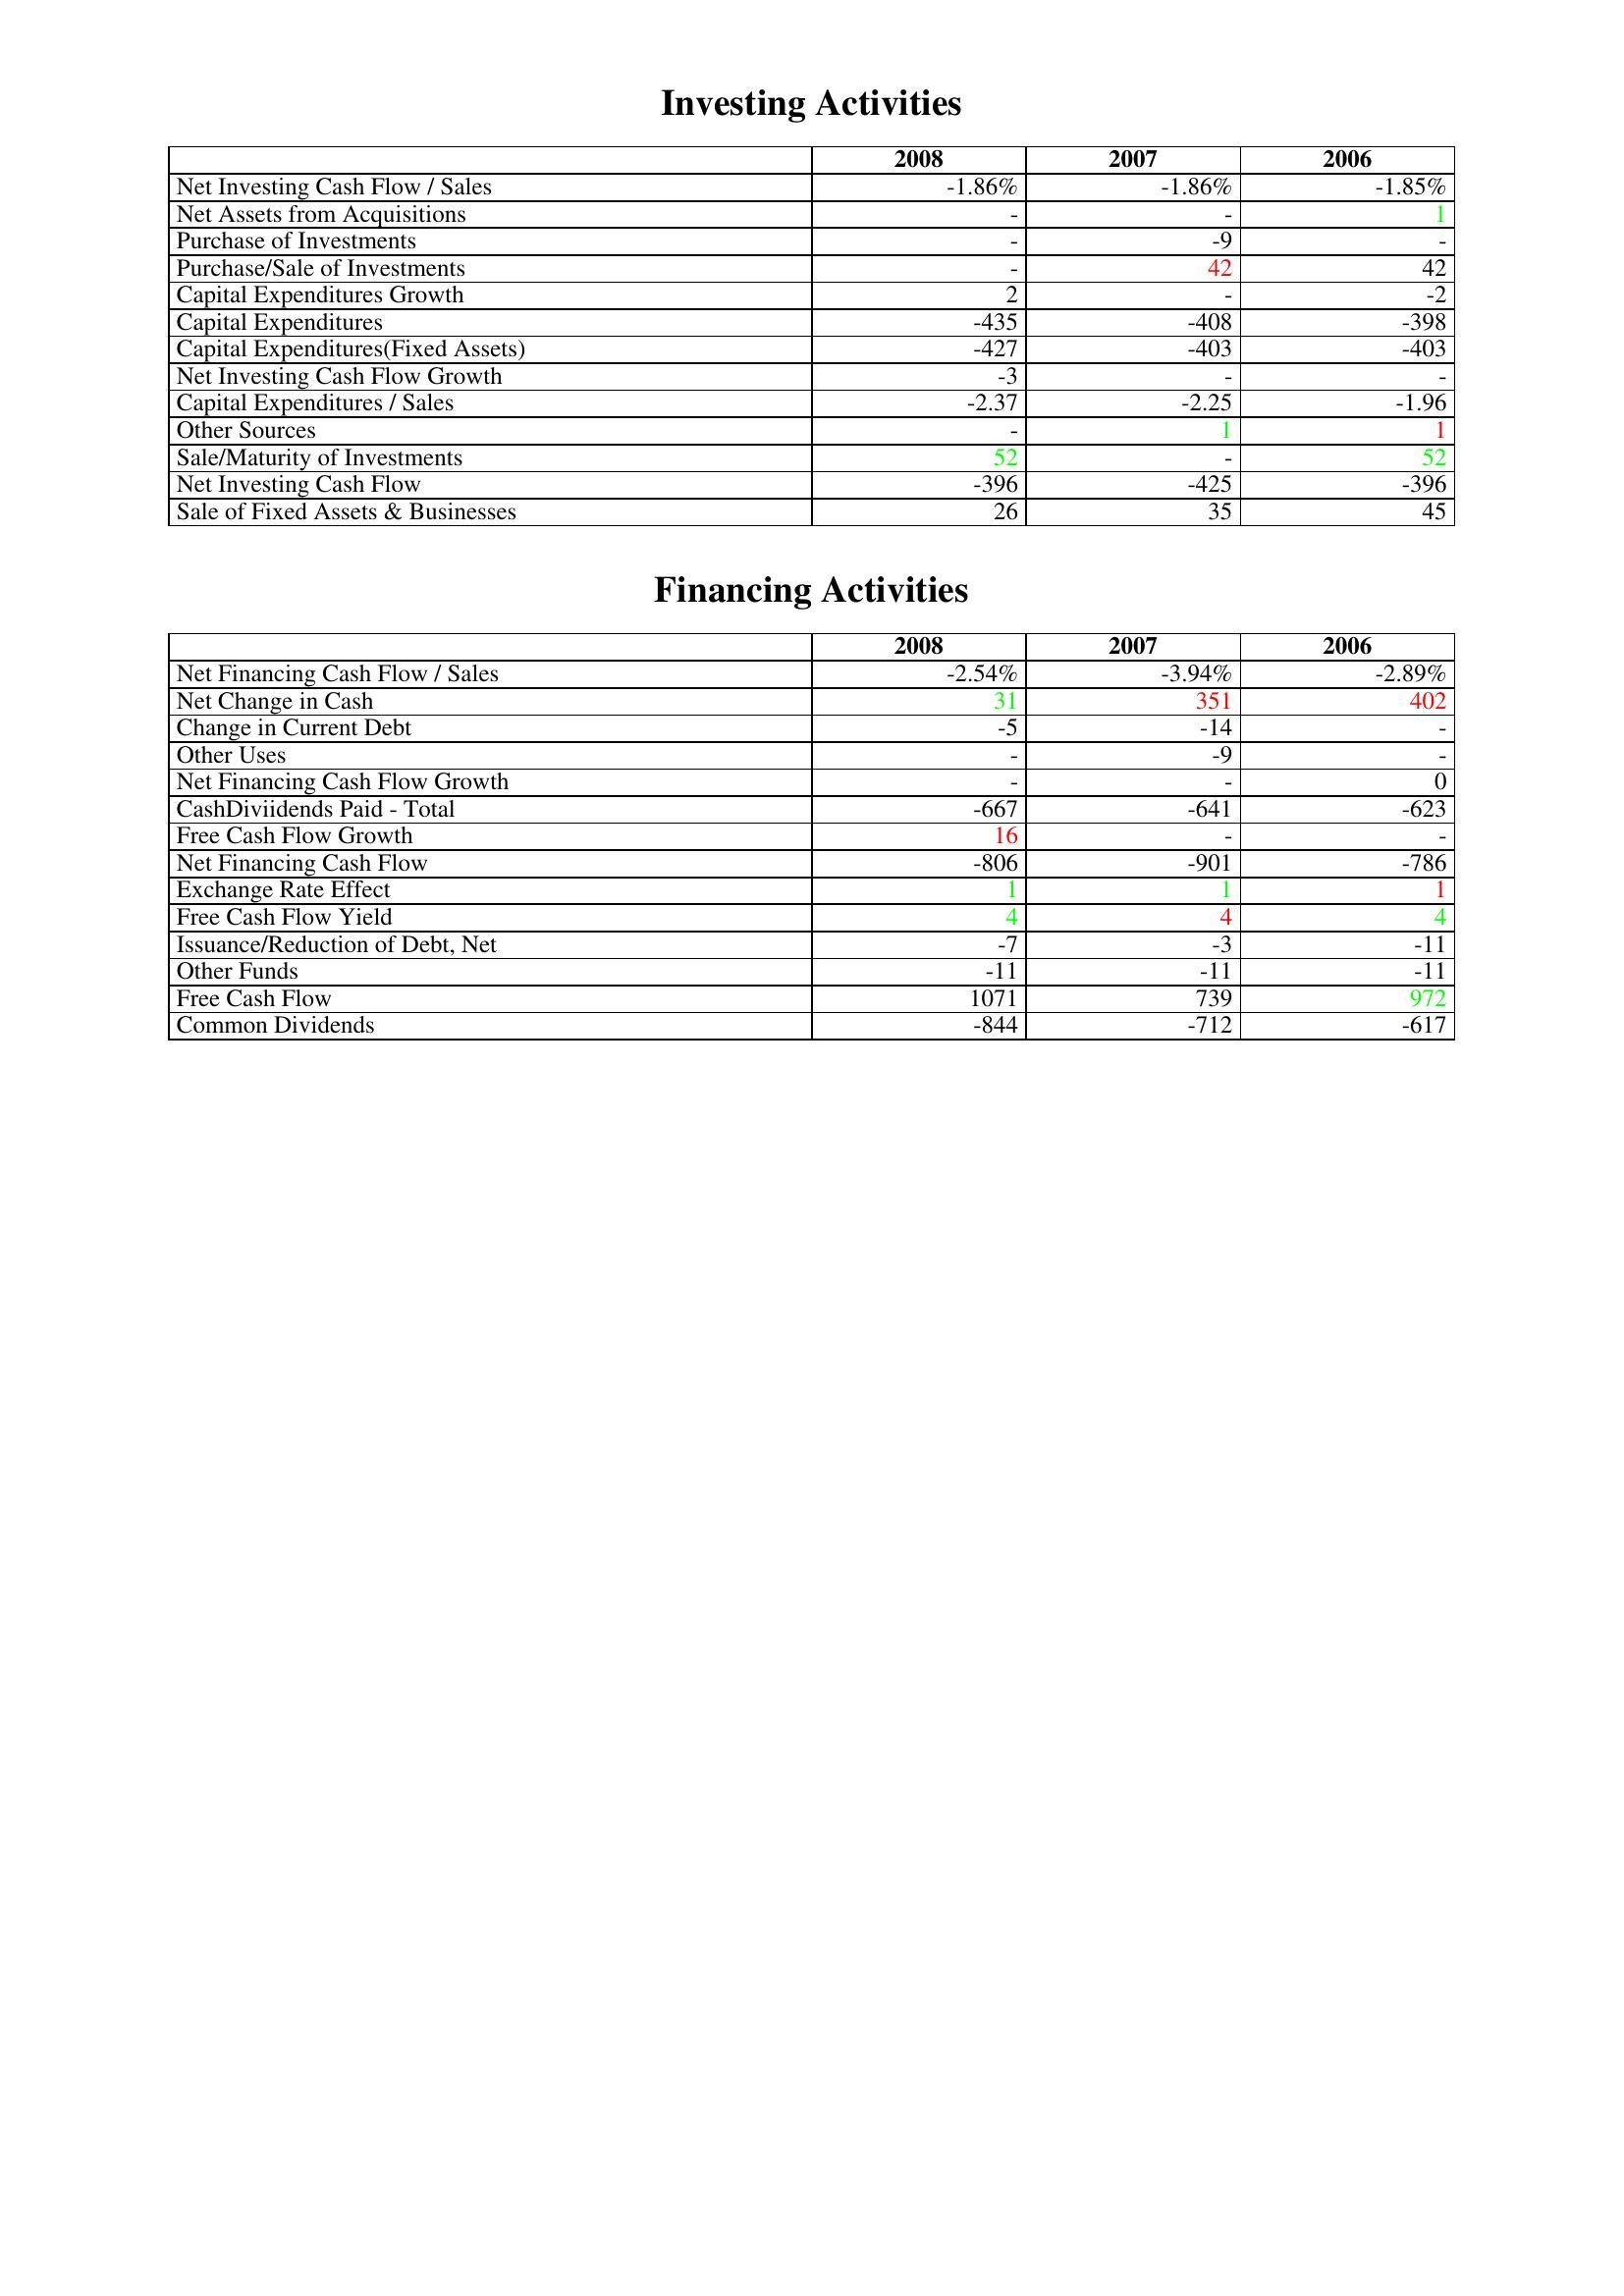
gt_parse: 2008: Investing Activities: Net Investing Cash Flow / Sales: -1.86%
Net Assets from Acquisitions: -
Purchase of Investments: -
Purchase/Sale of Investments: -
Capital Expenditures Growth: 2
Capital Expenditures: -435
Capital Expenditures(Fixed Assets): -427
Net Investing Cash Flow Growth: -3
Capital Expenditures / Sales: -2.37
Other Sources: -
Sale/Maturity of Investments: 52
Net Investing Cash Flow: -396
Sale of Fixed Assets & Businesses: 26
Financing Activities: Net Financing Cash Flow / Sales: -2.54%
Net Change in Cash: 31
Change in Current Debt: -5
Other Uses: -
Net Financing Cash Flow Growth: -
CashDiviidends Paid - Total: -667
Free Cash Flow Growth: 16
Net Financing Cash Flow: -806
Exchange Rate Effect: 1
Free Cash Flow Yield: 4
Issuance/Reduction of Debt, Net: -7
Other Funds: -11
Free Cash Flow: 1071
Common Dividends: -844
2007: Investing Activities: Net Investing Cash Flow / Sales: -1.86%
Net Assets from Acquisitions: -
Purchase of Investments: -9
Purchase/Sale of Investments: 42
Capital Expenditures Growth: -
Capital Expenditures: -408
Capital Expenditures(Fixed Assets): -403
Net Investing Cash Flow Growth: -
Capital Expenditures / Sales: -2.25
Other Sources: 1
Sale/Maturity of Investments: -
Net Investing Cash Flow: -425
Sale of Fixed Assets & Businesses: 35
Financing Activities: Net Financing Cash Flow / Sales: -3.94%
Net Change in Cash: 351
Change in Current Debt: -14
Other Uses: -9
Net Financing Cash Flow Growth: -
CashDiviidends Paid - Total: -641
Free Cash Flow Growth: -
Net Financing Cash Flow: -901
Exchange Rate Effect: 1
Free Cash Flow Yield: 4
Issuance/Reduction of Debt, Net: -3
Other Funds: -11
Free Cash Flow: 739
Common Dividends: -712
2006: Investing Activities: Net Investing Cash Flow / Sales: -1.85%
Net Assets from Acquisitions: 1
Purchase of Investments: -
Purchase/Sale of Investments: 42
Capital Expenditures Growth: -2
Capital Expenditures: -398
Capital Expenditures(Fixed Assets): -403
Net Investing Cash Flow Growth: -
Capital Expenditures / Sales: -1.96
Other Sources: 1
Sale/Maturity of Investments: 52
Net Investing Cash Flow: -396
Sale of Fixed Assets & Businesses: 45
Financing Activities: Net Financing Cash Flow / Sales: -2.89%
Net Change in Cash: 402
Change in Current Debt: -
Other Uses: -
Net Financing Cash Flow Growth: 0
CashDiviidends Paid - Total: -623
Free Cash Flow Growth: -
Net Financing Cash Flow: -786
Exchange Rate Effect: 1
Free Cash Flow Yield: 4
Issuance/Reduction of Debt, Net: -11
Other Funds: -11
Free Cash Flow: 972
Common Dividends: -617